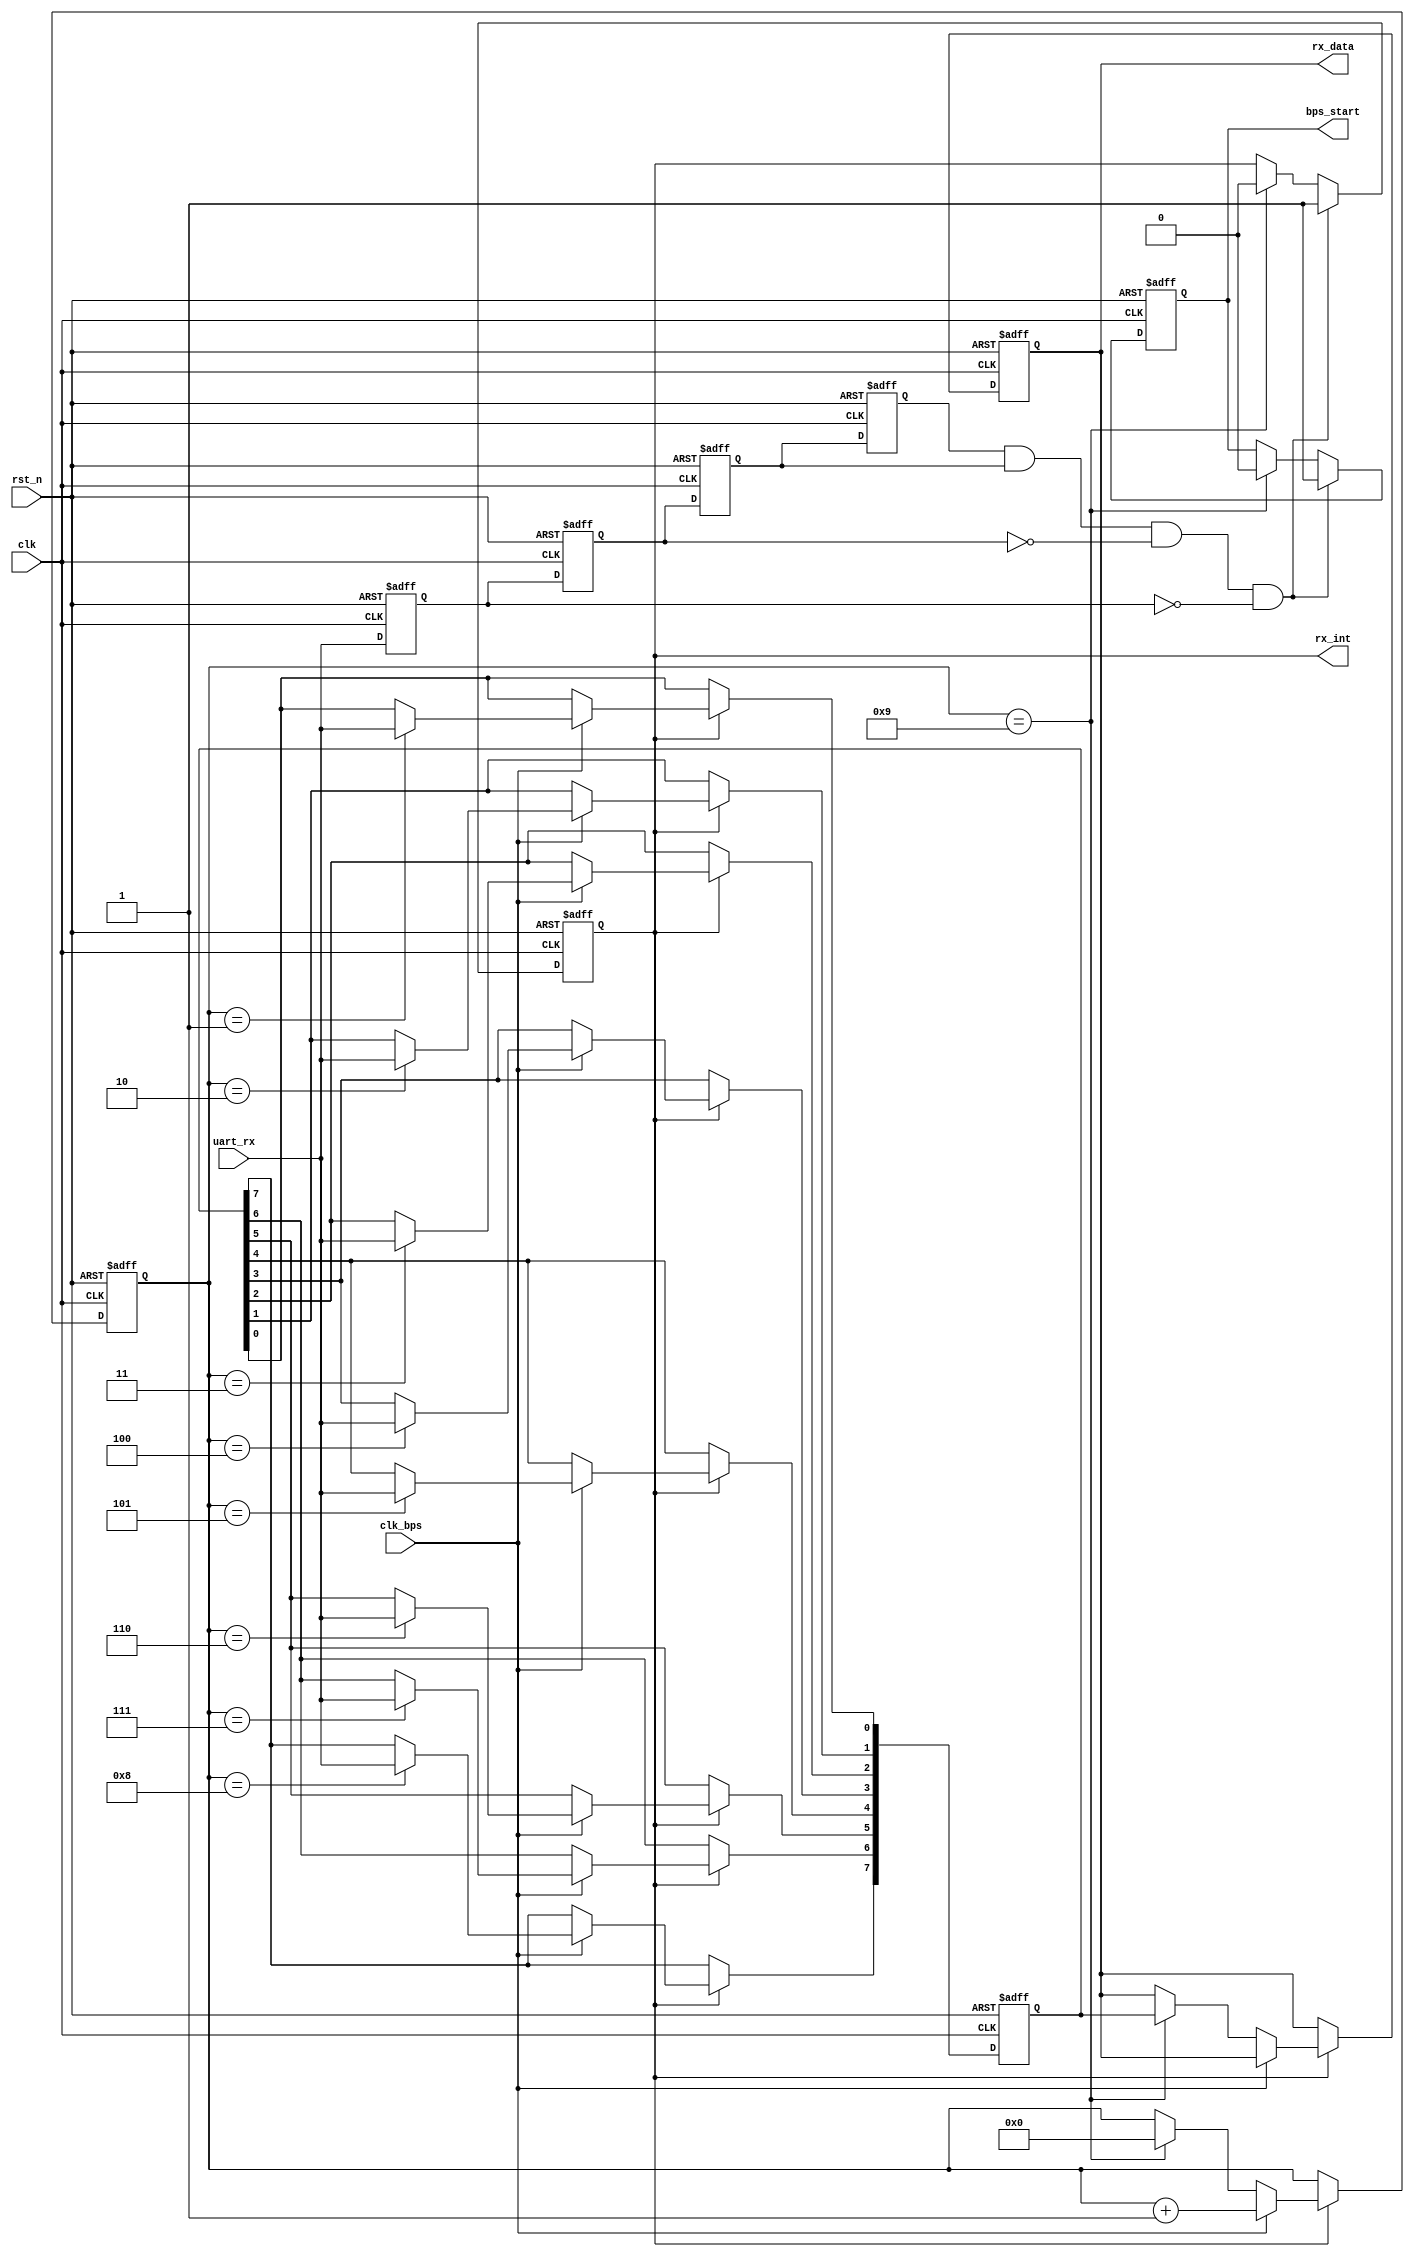
//`timescale 1ns / 1ps
//////////////////////////////////////////////////////////////////////////////////
// Company: 
// Engineer: 
// 
// Design Name: 
// Module Name:    uart_rx 
// Project Name: 
// Target Devices: 
// Tool versions: 
// Description: 
//
// Dependencies: 
//
// Revision: 
// Revision 0.01 - File Created
// Additional Comments: 
//
//////////////////////////////////////////////////////////////////////////////////
module uart_rx(
	input clk,
	input rst_n,
	input uart_rx,
	input clk_bps,
	output bps_start,//
	output [7:0] rx_data,//
	output rx_int//
    );

reg uart_rx0,uart_rx1,uart_rx2,uart_rx3;//
wire neg_uart_rx; //

always @(posedge clk or negedge rst_n) begin
	if(!rst_n) begin
		uart_rx0 <= 1'b0;
		uart_rx1 <= 1'b0;
		uart_rx2 <= 1'b0;
		uart_rx3 <= 1'b0;
	end
	else begin
		uart_rx0 <= uart_rx;
		uart_rx1 <= uart_rx0;
		uart_rx2 <= uart_rx1;
		uart_rx3 <= uart_rx2;
	end
end

assign neg_uart_rx = uart_rx3 & uart_rx2 & ~uart_rx1 & ~uart_rx0;

reg bps_start_r;
reg [3:0] num;//
reg rx_int_r;//
assign rx_int = rx_int_r;
always @(posedge clk or negedge rst_n) begin
	if(!rst_n) begin
		bps_start_r <= 1'bz;
		rx_int_r <= 1'b0;
	end
	//
	else if(neg_uart_rx) begin
		bps_start_r <= 1'b1;
		rx_int_r <= 1'b1;
	end
	//9
	else if(num == 4'd9) begin
		bps_start_r <= 1'b0;
		rx_int_r <= 1'b0;
	end
end

assign bps_start = bps_start_r;

reg [7:0] rx_data_r;
reg [7:0] rx_temp_data;

always @(posedge clk or negedge rst_n) begin
	if(!rst_n) begin
		rx_temp_data <= 8'd0;
		num <= 4'd0;
		rx_data_r <= 8'd0;
	end
	else if(rx_int) begin//
		if(clk_bps) begin//
			num <= num + 1'b1;
			case(num)
				//
				4'd1: rx_temp_data[0] <= uart_rx;
				4'd2: rx_temp_data[1] <= uart_rx;
				4'd3: rx_temp_data[2] <= uart_rx;
				4'd4: rx_temp_data[3] <= uart_rx;
				4'd5: rx_temp_data[4] <= uart_rx;
				4'd6: rx_temp_data[5] <= uart_rx;
				4'd7: rx_temp_data[6] <= uart_rx;
				4'd8: rx_temp_data[7] <= uart_rx;
				default: ;
			endcase
		end
		else if(num == 4'd9) begin
			num <= 4'd0;
			rx_data_r <= rx_temp_data;
		end
	end
end
assign rx_data = rx_data_r;
endmodule